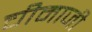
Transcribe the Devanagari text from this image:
चीमाजी